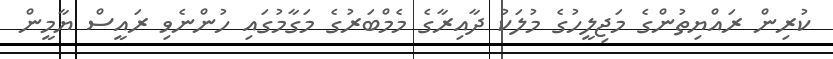
ކުރިން ރައްޔިތުންގެ މަޖިލީހުގެ މުލަކު ދާއިރާގެ މެމްބަރުގެ މަގާމުގައި ހުންނެވި ރައީސް ޔާމީން